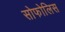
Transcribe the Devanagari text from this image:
सोफोलिस